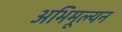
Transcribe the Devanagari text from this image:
अभिमूल्यन